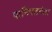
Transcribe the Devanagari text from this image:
पानिपतनंतर